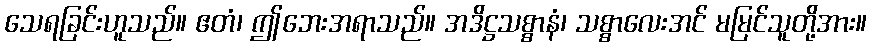
သေရခြင်းဟူသည်။ ဧတံ၊ ဤဘေးအရာသည်။ အဒိဋ္ဌသစ္စာနံ၊ သစ္စာလေးအင် မမြင်သူတို့အား။